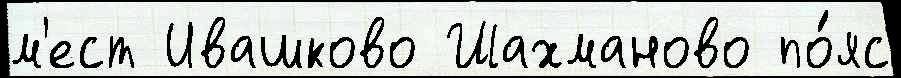
м'ест Ивашково Шахманово по́яс